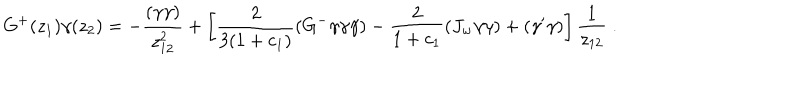
G ^ { + } ( z _ { 1 } ) \gamma ( z _ { 2 } ) = - \frac { ( \gamma \gamma ) } { z _ { 1 2 } ^ { 2 } } + \left[ \frac { 2 } { 3 ( 1 + c _ { 1 } ) } ( G ^ { - } \gamma \gamma \gamma ) - \frac { 2 } { 1 + c _ { 1 } } ( J _ { w } \gamma \gamma ) + ( \gamma ^ { \prime } \gamma ) \right] \frac { 1 } { z _ { 1 2 } } \; .